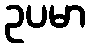
ဥပမာ